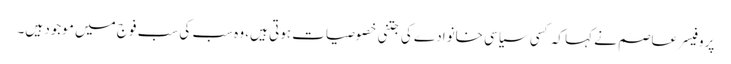
پروفیسر عاصم نے کہا کہ کسی سیاسی خانوادے کی جتنی خصوصیات ہوتی ہیں، وہ سب کی سب فوج میں موجود ہیں۔